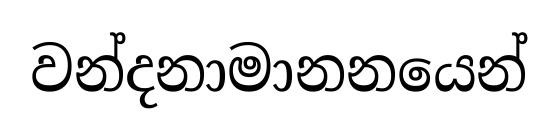
වන්දනාමානනයෙන්